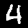
Digit: 4